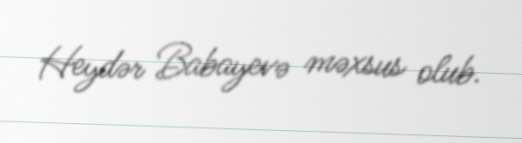
Heydər Babayevə məxsus olub.